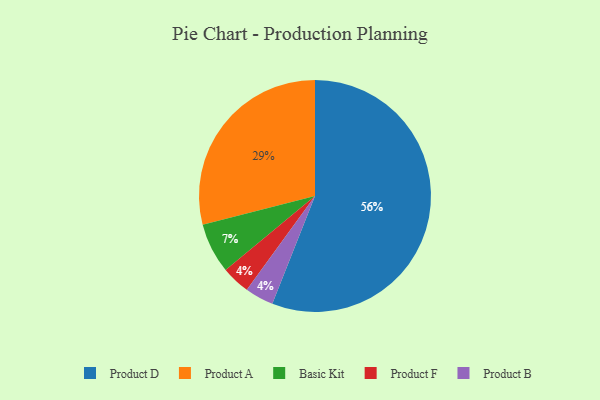
{"axis": {"x": "Category", "y": "Percentage"}, "legend": ["Basic Kit", "Product A", "Product B", "Product D", "Product F"], "data": [{"x": "Product F", "y": 4, "type": "Product F"}, {"x": "Basic Kit", "y": 7, "type": "Basic Kit"}, {"x": "Product A", "y": 29, "type": "Product A"}, {"x": "Product B", "y": 4, "type": "Product B"}, {"x": "Product D", "y": 56, "type": "Product D"}]}